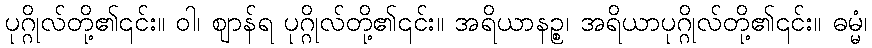
ပုဂ္ဂိုလ်တို့၏၎င်း။ ဝါ၊ ဈာန်ရ ပုဂ္ဂိုလ်တို့၏၎င်း။ အရိယာနဉ္စ၊ အရိယာပုဂ္ဂိုလ်တို့၏၎င်း။ ဓမ္မံ၊